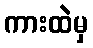
ကားထဲမှ